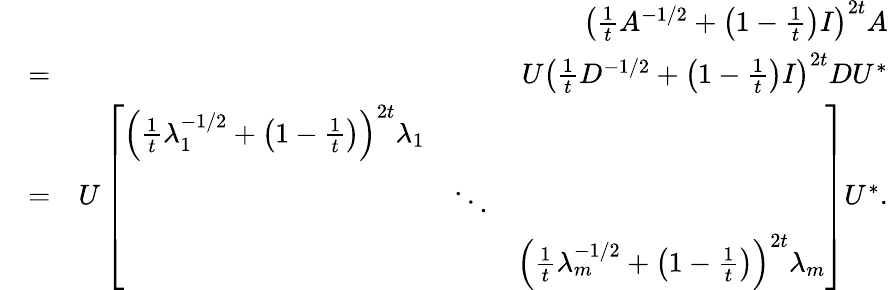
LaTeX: \begin{array}{rlr}&{}&{\left(\frac{1}{t}A^{-1/2}+\left(1-\frac{1}{t}\right)I\right)^{2t}A}\\ &{=}&{U\left(\frac{1}{t}D^{-1/2}+\left(1-\frac{1}{t}\right)I\right)^{2t}DU^{*}}\\ &{=}&{U\left[\begin{array}{lll}{\left(\frac{1}{t}\lambda_{1}^{-1/2}+\left(1-\frac{1}{t}\right)\right)^{2t}\lambda_{1}}&&\\ &{\ddots}&\\ &&{\left(\frac{1}{t}\lambda_{m}^{-1/2}+\left(1-\frac{1}{t}\right)\right)^{2t}\lambda_{m}}\end{array}\right]U^{*}.}\end{array}